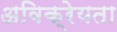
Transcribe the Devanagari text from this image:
अविक्रेयता